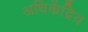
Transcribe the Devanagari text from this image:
अधिकेंद्रिय